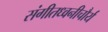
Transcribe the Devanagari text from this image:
संगीतध्वनीचौर्य